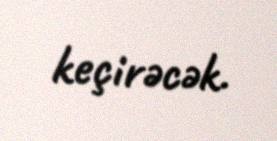
keçirəcək.